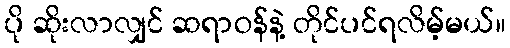
ပို ဆိုးလာလျှင် ဆရာဝန်နဲ့ တိုင်ပင်ရလိမ့်မယ်။